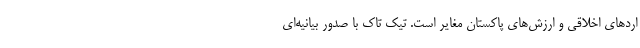
اردهای اخلاقی و ارزش‌های پاکستان مغایر است. تیک تاک با صدور بیانیه‌ای